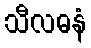
သီလဓနံ